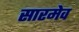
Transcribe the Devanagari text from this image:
सारमेव